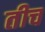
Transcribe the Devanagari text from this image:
तीच